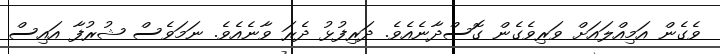
ވެގެން އަމިއްލައަށް ވަރިވެގެން ގޮސްދާނެއެވެ. ދަރިފުޅު ދެރަ ވާނެއެވެ. ނަމަވެސް ޝުރުފާ އައިސް